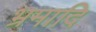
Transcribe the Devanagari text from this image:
भ्रमादि